Scottish Leaving Certificate Examination, 1961
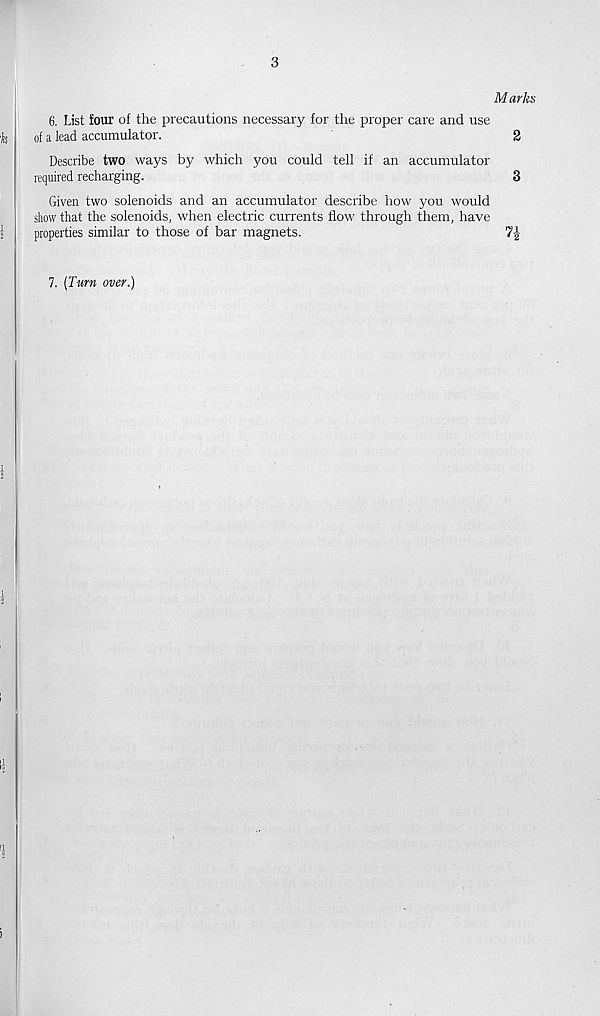
3
Marks
6. List four of the precautions necessary for the proper care and use
of a lead accumulator.
2
Describe two ways by which you could tell if an accumulator
required recharging.
3
Given two solenoids and an accumulator describe how you would
show that the solenoids, when electric currents flow through them, have
properties similar to those of bar magnets.
7. [Turn over.)